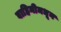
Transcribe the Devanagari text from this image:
वाहिनीमधून